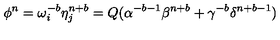
\phi ^ { n } = \omega _ { i } ^ { - b } \eta _ { j } ^ { n + b } = Q ( \alpha ^ { - b - 1 } \beta ^ { n + b } + \gamma ^ { - b } \delta ^ { n + b - 1 } )